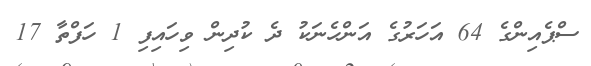
ސްޕެއިންގެ 64 އަހަރުގެ އަންހެނަކު ދެ ކުދިން ވިހައިފި 1 ހަފްތާ 17